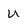
Character: U